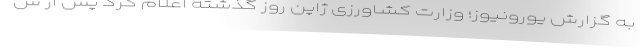
به گزارش یورونیوز؛ وزارت کشاورزی ژاپن روز گذشته اعلام کرد پس از ش